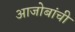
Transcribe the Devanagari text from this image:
आजोबांची